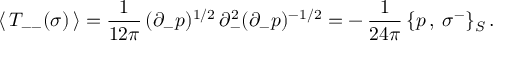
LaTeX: \langle \, T _ { -- } ( \sigma ) \, \rangle = \frac { 1 } { 1 2 \pi } \, ( \partial _ { - } p ) ^ { 1 / 2 } \, \partial _ { - } ^ { 2 } ( \partial _ { - } p ) ^ { - 1 / 2 } = - \, \frac { 1 } { 2 4 \pi } \, \{ p \, , \: \sigma ^ { - } \} _ { S } \, .